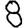
Digit: 8